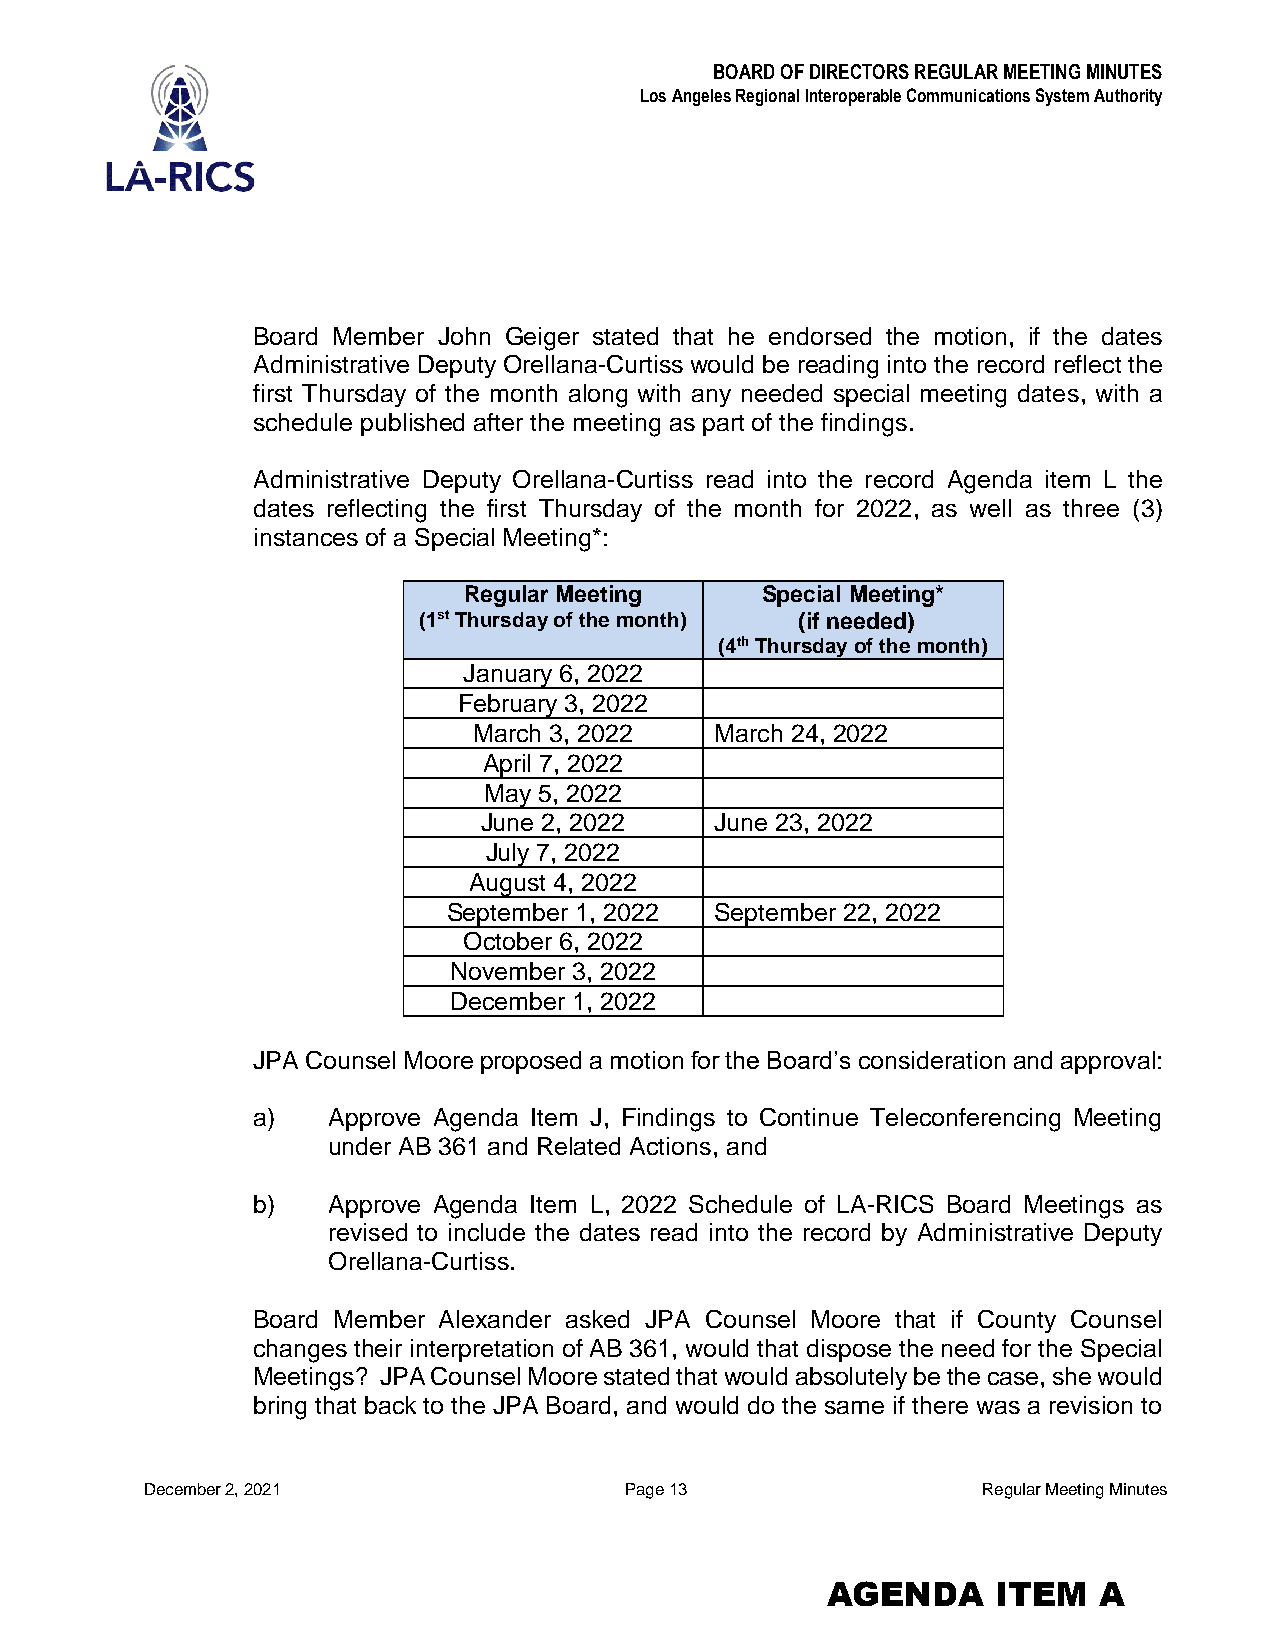
BOARD OF DIRECTORS REGULAR MEETING MINUTES
 Los Angeles Regional Interoperable Communications System Authority
 Board Member John Geiger stated that he endorsed the motion, if the dates
 Administrative Deputy Orellana-Curtiss would be reading into the record reflect the
 first Thursday of the month along with any needed special meeting dates, with a
 schedule published after the meeting as part of the findings.
 Administrative Deputy Orellana-Curtiss read into the record Agenda item L the
 dates reflecting the first Thursday of the month for 2022, as well as three (3)
 instances of a Special Meeting*:
 Regular Meeting    Special Meeting*
 (1st Thursday of the month) (if needed)
 (4th Thursday of the month)
 January 6, 2022
 February 3, 2022
 March 3, 2022   March 24, 2022
 April 7, 2022
 May 5, 2022
 June 2, 2022   June 23, 2022
 July 7, 2022
 August 4, 2022
 September 1, 2022 September 22, 2022
 October 6, 2022
 November 3, 2022
 December 1, 2022
 JPA Counsel Moore proposed a motion for the Board’s consideration and approval:
 a)   Approve Agenda Item J, Findings to Continue Teleconferencing Meeting
 under AB 361 and Related Actions, and
 b)   Approve Agenda Item L, 2022 Schedule of LA-RICS Board Meetings as
 revised to include the dates read into the record by Administrative Deputy
 Orellana-Curtiss.
 Board Member Alexander asked JPA Counsel Moore that if County Counsel
 changes their interpretation of AB 361, would that dispose the need for the Special
 Meetings? JPA Counsel Moore stated that would absolutely be the case, she would
 bring that back to the JPA Board, and would do the same if there was a revision to
 December 2, 2021               Page 13                 Regular Meeting Minutes
 AGENDA     ITEM   A